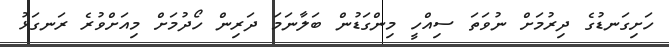
ހަށިގަނޑުގެ ދިރުމަށް ނުވަތަ ސިއްހީ މިންގަޑުން ބަލާނަމަ ދަރިން ހޯދުމަށް މިއަށްވުރެ ރަނގަޅު